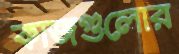
কাজগুলোর